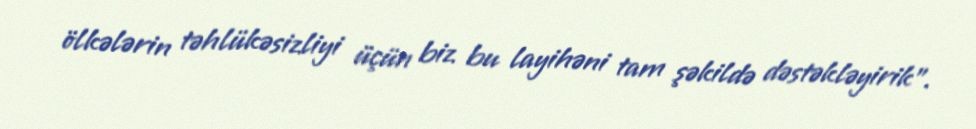
ölkələrin təhlükəsizliyi üçün biz bu layihəni tam şəkildə dəstəkləyirik”.